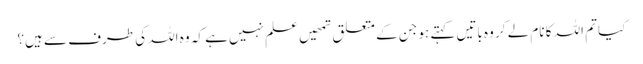
کیا تم اللہ کا نام لے کر وہ باتیں کہتے ہو جن کے متعلق تمھیں علم نہیں ہے کہ وہ اللہ کی طرف سے ہیں؟